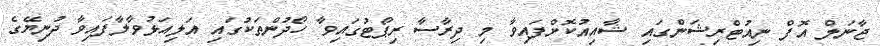
ޖާނަލް އޮފް ނިއުޓްރިޝަންގައި ޝާއިއުކޮށްފައިވާ މި ދިރާސާ ރިޕޯޓުގައިވާ ހޯދުންތަކުގައި އަލިއަޅުވާލާފައިވާ ދުނިޔޭގެ